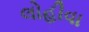
લોહીવા